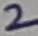
Text: 2